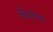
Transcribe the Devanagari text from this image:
खेळताच